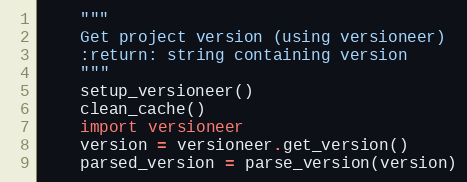
Language: Python
    """
    Get project version (using versioneer)
    :return: string containing version
    """
    setup_versioneer()
    clean_cache()
    import versioneer
    version = versioneer.get_version()
    parsed_version = parse_version(version)